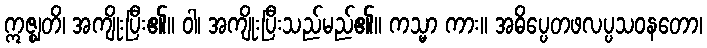
ဣဇ္ဈတိ၊ အကျိုးပြီး၏။ ဝါ၊ အကျိုးပြီးသည်မည်၏။ ကသ္မာ ကား။ အဓိပ္ပေတဖလပ္ပသဝနတော၊